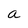
Character: a